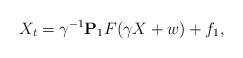
LaTeX: \begin{align*}X_t= \gamma^{-1} {\bf P}_1 F(\gamma X + w) + f_1,\end{align*}